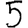
Digit: 5